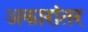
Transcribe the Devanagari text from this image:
अकारांतर